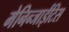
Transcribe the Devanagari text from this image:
मेनिन्जाईटिस